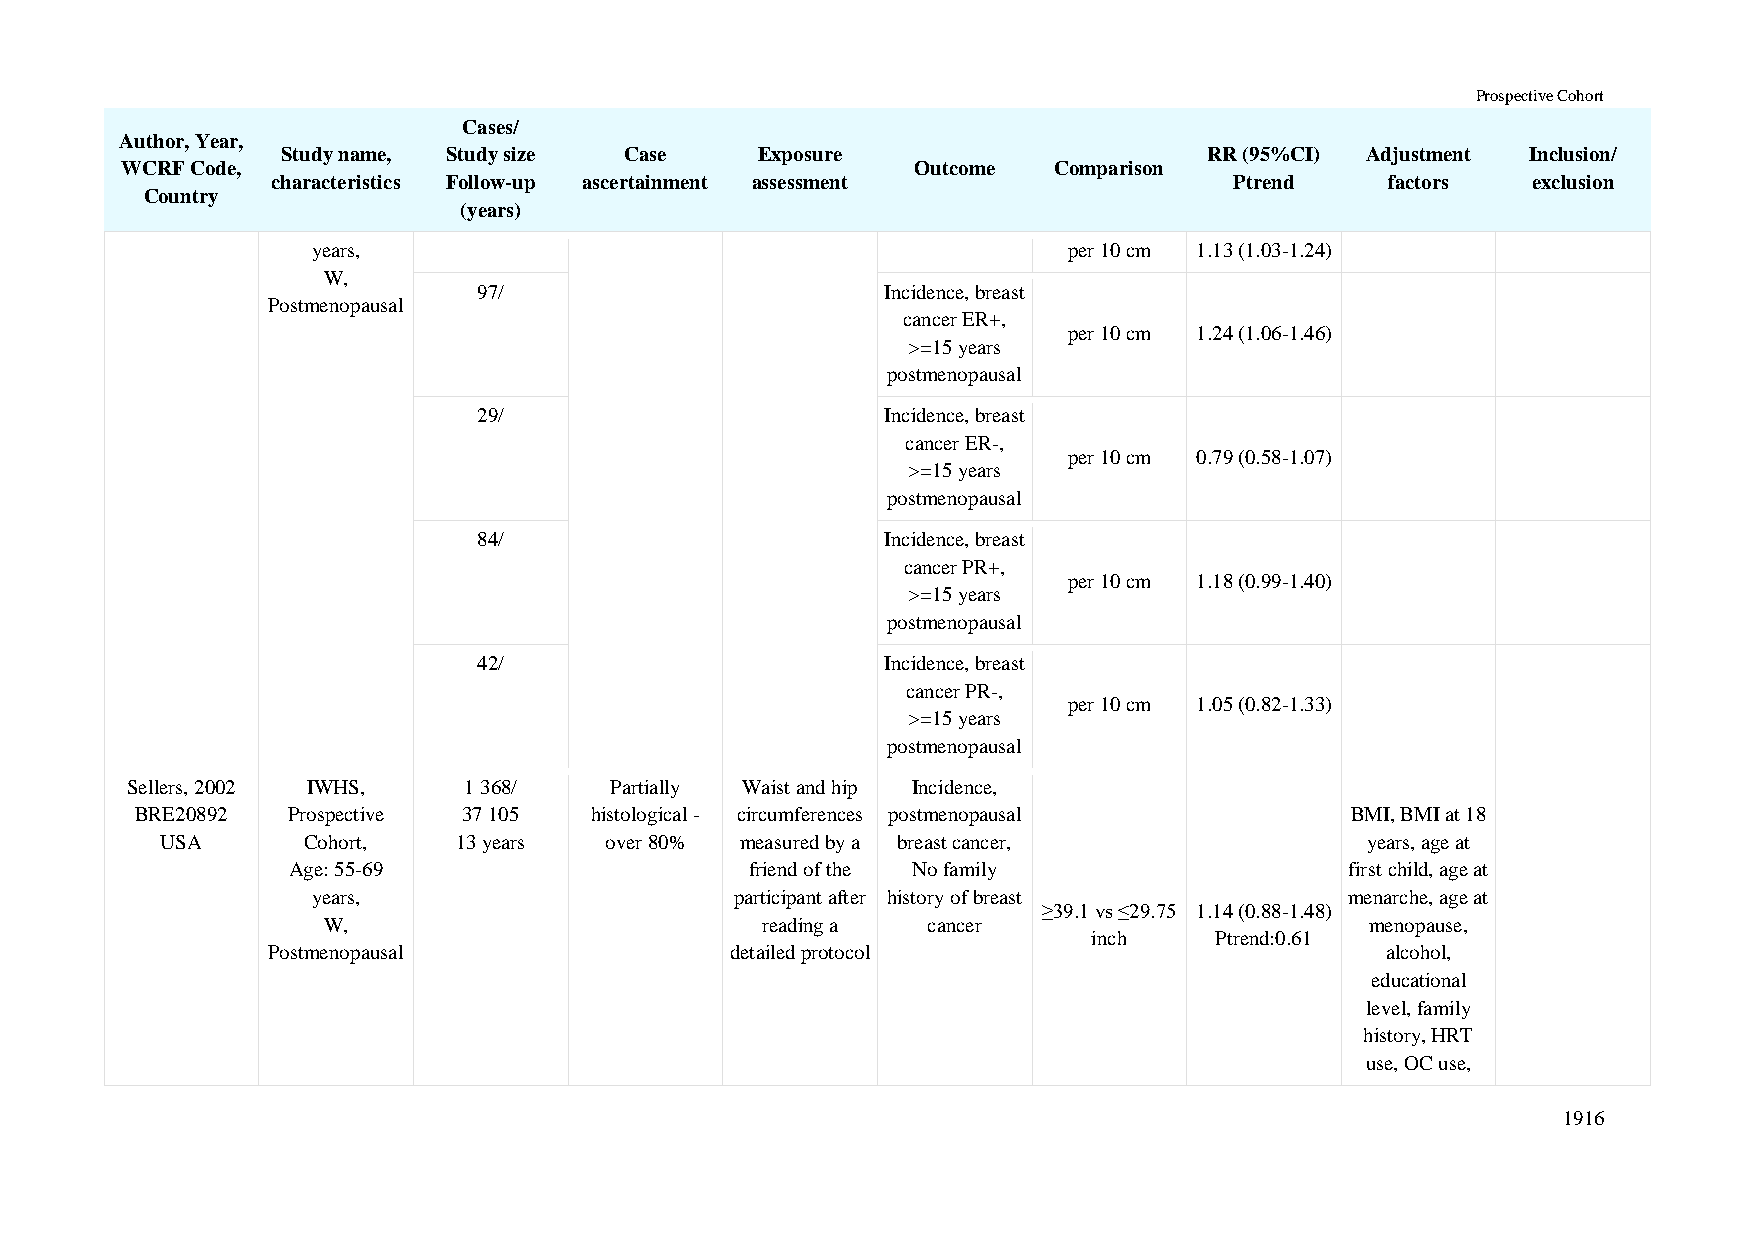
Prospective Cohort
 Cases/
 Author, Year,
 Study name, Study size Case    Exposure                      RR (95%CI) Adjustment Inclusion/
 WCRF Code,                                           Outcome  Comparison
 characteristics Follow-up ascertainment assessment              Ptrend    factors  exclusion
 Country
 (years)
 years,                                            per 10 cm 1.13 (1.03-1.24)
 W,
 97/                        Incidence, breast
 Postmenopausal
 cancer ER+,
 per 10 cm 1.24 (1.06-1.46)
 >=15 years
 postmenopausal
 29/                        Incidence, breast
 cancer ER-,
 per 10 cm 0.79 (0.58-1.07)
 >=15 years
 postmenopausal
 84/                        Incidence, breast
 cancer PR+,
 per 10 cm 1.18 (0.99-1.40)
 >=15 years
 postmenopausal
 42/                        Incidence, breast
 cancer PR-,
 per 10 cm 1.05 (0.82-1.33)
 >=15 years
 postmenopausal
 Sellers, 2002 IWHS,    1 368/   Partially Waist and hip Incidence,
 BRE20892  Prospective 37 105  histological - circumferences postmenopausal      BMI, BMI at 18
 USA      Cohort,   13 years  over 80% measured by a breast cancer,             years, age at
 Age: 55-69                     friend of the No family                first child, age at
 years,                      participant after history of breast     menarche, age at
 ≥39.1 vs ≤29.75 1.14 (0.88-1.48)
 W,                           reading a  cancer                        menopause,
 inch    Ptrend:0.61
 Postmenopausal                detailed protocol                           alcohol,
 educational
 level, family
 history, HRT
 use, OC use,
 1916